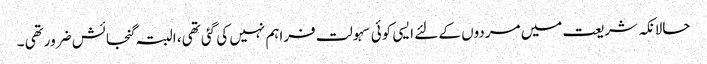
حالانکہ شریعت میں مردوں کے لئے ایسی کوئی سہولت فراہم نہیں کی گئی تھی، البتہ گنجائش ضرورتھی ۔